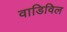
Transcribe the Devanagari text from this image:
वाडिविल